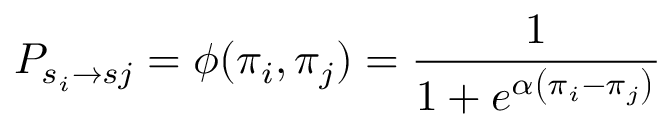
P _ { s _ { i } \rightarrow s { j } } = \phi ( \pi _ { i } , \pi _ { j } ) = \frac { 1 } { 1 + e ^ { \alpha \left( \pi _ { i } - \pi _ { j } \right) } }